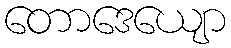
တောဒေယျော